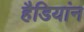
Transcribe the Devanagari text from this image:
हैडियांन